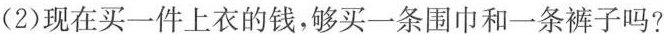
(2)现在买一件上衣的钱，够买一条围巾和一条裤子吗?